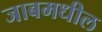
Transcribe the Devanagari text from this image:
जाबमधील